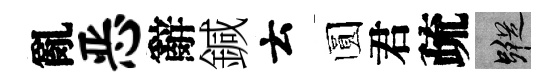
亂恶辭鍼云圆君疏蹤